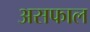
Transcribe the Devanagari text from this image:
असफाल